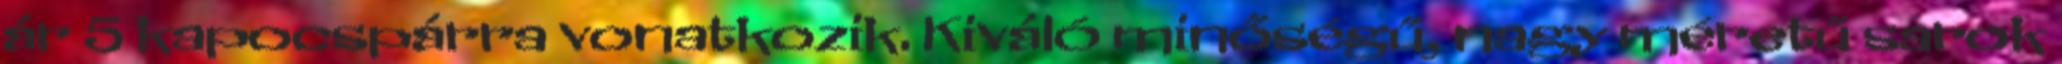
ár 5 kapocspárra vonatkozik. Kiváló minőségű, nagy méretű sarok